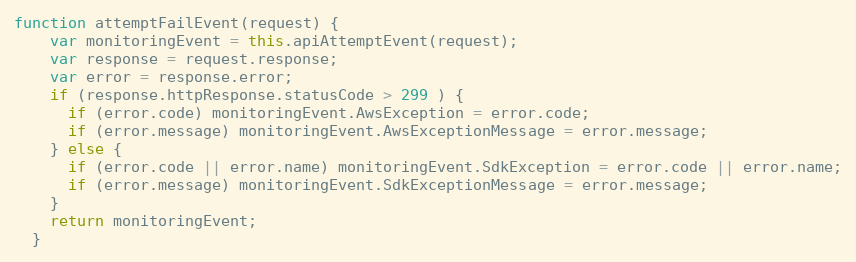
Language: JavaScript
function attemptFailEvent(request) {
    var monitoringEvent = this.apiAttemptEvent(request);
    var response = request.response;
    var error = response.error;
    if (response.httpResponse.statusCode > 299 ) {
      if (error.code) monitoringEvent.AwsException = error.code;
      if (error.message) monitoringEvent.AwsExceptionMessage = error.message;
    } else {
      if (error.code || error.name) monitoringEvent.SdkException = error.code || error.name;
      if (error.message) monitoringEvent.SdkExceptionMessage = error.message;
    }
    return monitoringEvent;
  }